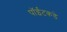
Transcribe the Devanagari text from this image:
पॉईंटकडे